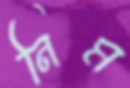
নিম